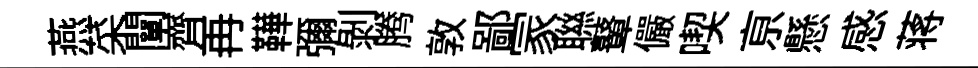
燕菜闡齊再鞾彌剝腾敦鄙冡聮鼙儼喫亰懸感蒋